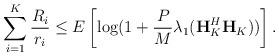
LaTeX: \begin{align*}\sum_{i=1}^K\frac{R_i}{r_i}\leq E\left[\log (1+\frac{P}{M}\lambda_1(\textbf{H}_K^H\textbf{H}_K))\right].\end{align*}